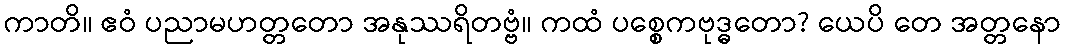
ကာတိ။ ဧဝံ ပညာမဟတ္တတော အနုဿရိတဗ္ဗံ။ ကထံ ပစ္စေကဗုဒ္ဓတော? ယေပိ တေ အတ္တနော